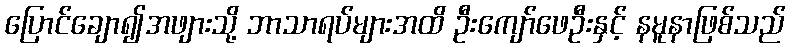
ပြောင်ချော၍အဖျားသို့ ဘာသာရပ်များအထိ ဦးကျော်ဖေဦးနှင့် နမူနာဖြစ်သည်